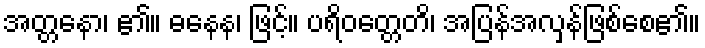
အတ္တနော၊ ၏။ ဓနေန၊ ဖြင့်။ ပရိဝတ္တေတိ၊ အပြန်အလှန်ဖြစ်စေ၏။